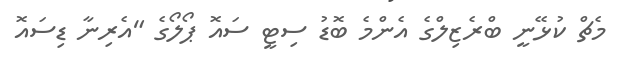
މެޗް ކުޅޭނީ ބްރެޒިލްގެ އެންމެ ބޮޑު ސިޓީ ސައޮ ޕޯލޯގެ "އެރިނާ ޑިސައޮ